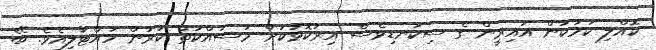
ކޮއްލި ކަމަކުން އައިރީން ގެ ސިކުނޑިވެސް އިރުކޮޅަކަށް މަސައްކަތް ކުރުން ހުއްޓާލިއެވެ. ބޭ